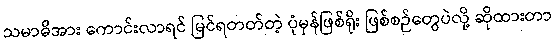
သမာဓိအား ကောင်းလာရင် မြင်ရတတ်တဲ့ ပုံမှန်ဖြစ်ရိုး ဖြစ်စဉ်တွေပဲလို့ ဆိုထားတာ